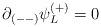
LaTeX: \begin{align*}\partial_{(--)} \psi^{(+)}_L = 0\end{align*}